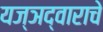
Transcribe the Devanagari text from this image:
यज्ञद्वाराचे